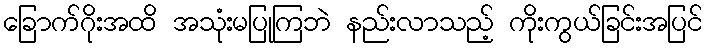
ခြောက်ဂိုးအထိ အသုံးမပြုကြဘဲ နည်းလာသည့် ကိုးကွယ်ခြင်းအပြင်